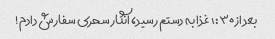
بعد از ١:٣٠ غذا به دستم رسید، انگار سحری سفارش دادم!